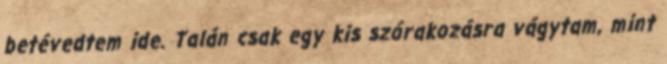
betévedtem ide. Talán csak egy kis szórakozásra vágytam, mint